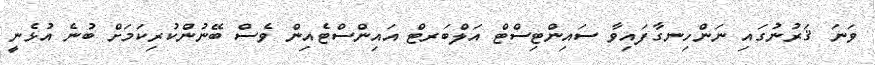
ވަނަ ޤަރުނުގައި ނަންހިނގާފައިވާ ސައިންޓިސްޓް އަލްބަރޓް އައިންސްޓެއިން ވެސް ބޭނުންކުރިކަމަށް ބުނެ އުޅެނީ